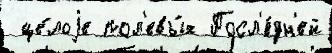
 це́лоjе пол'евы́х Посл'е́дн'ей